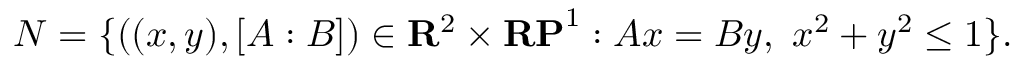
N = \{ ( ( x , y ) , [ A : B ] ) \in \mathbf { R } ^ { 2 } \times \mathbf { R P } ^ { 1 } : A x = B y , \ x ^ { 2 } + y ^ { 2 } \leq 1 \} .